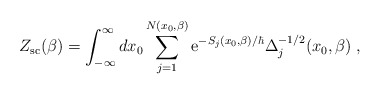
\begin{align*}Z_{\rm sc}(\beta)=\int_{-\infty}^{\infty}dx_0\sum_{j=1}^{N(x_0,\beta)}{\rm e}^{-S_j(x_0,\beta)/\hbar}\Delta_j^{-1/2}(x_0,\beta)\;,\end{align*}